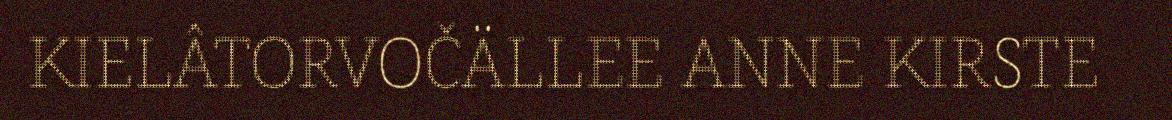
KIELÂTORVOČÄLLEE ANNE KIRSTE